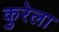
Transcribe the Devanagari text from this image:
कुरेला